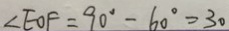
\angle E O F = 9 0 ^ { \circ } - 6 0 ^ { \circ } = 3 0